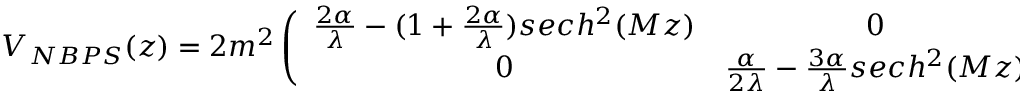
V _ { N B P S } ( z ) = 2 m ^ { 2 } \left( \begin{array} { c c } { { \frac { 2 \alpha } { \lambda } - ( 1 + \frac { 2 \alpha } { \lambda } ) s e c h ^ { 2 } ( M z ) } } & { { 0 } } \\ { { 0 } } & { { \frac { \alpha } { 2 \lambda } - \frac { 3 \alpha } { \lambda } s e c h ^ { 2 } ( M z ) } } \end{array} \right) .